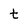
Character: t